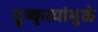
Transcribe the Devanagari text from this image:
दुष्कृत्यांमुळे